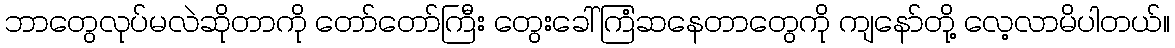
ဘာတွေလုပ်မလဲဆိုတာကို တော်တော်ကြီး တွေးခေါ်ကြံဆနေတာတွေကို ကျနော်တို့ လေ့လာမိပါတယ်။